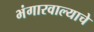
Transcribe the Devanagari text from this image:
भंगारवाल्याचे